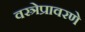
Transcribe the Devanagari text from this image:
वस्त्रेप्रावरणे